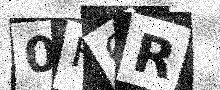
Text: 0F6R